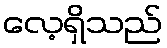
လေ့ရှိသည်